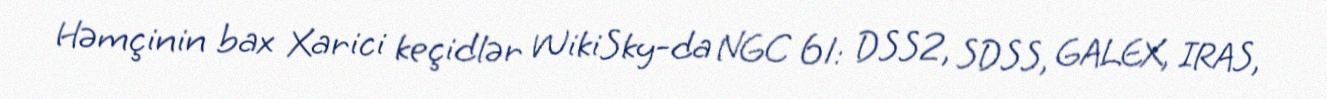
Həmçinin bax Xarici keçidlər WikiSky-da NGC 61: DSS2, SDSS, GALEX, IRAS,